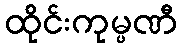
ထိုင်းကုမ္ပဏီ